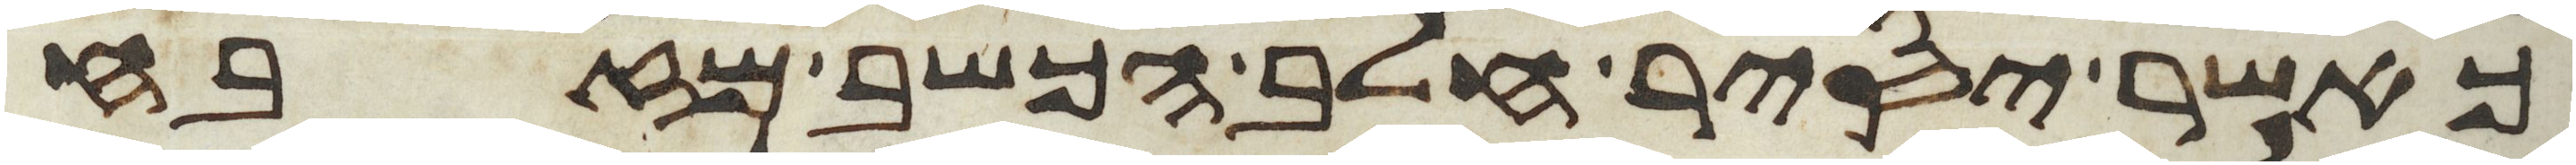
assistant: כאשר יסיר חלב הכשב מזבח